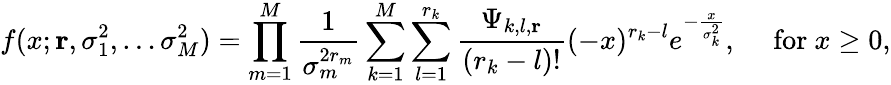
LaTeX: f(x;\mathbf{r},\sigma_{1}^{2},\dots\sigma_{M}^{2})=\prod_{m=1}^{M}{\frac{1}{\sigma_{m}^{2r_{m}}}}\sum_{k=1}^{M}\sum_{l=1}^{r_{k}}{\frac{\Psi_{k,l,\mathbf{r}}}{(r_{k}-l)!}}(-x)^{r_{k}-l}e^{-{\frac{x}{\sigma_{k}^{2}}}},\quad{\mathrm{~for~}}x\geq 0,